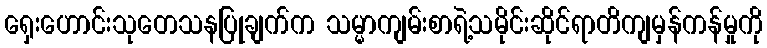
ရှေးဟောင်းသုတေသနပြုချက်က သမ္မာကျမ်းစာရဲ့သမိုင်းဆိုင်ရာတိကျမှန်ကန်မှုကို